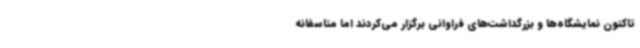
تاکنون نمایشگاه‌ها و بزرگداشت‌های فراوانی برگزار می‌کردند اما متاسفانه